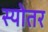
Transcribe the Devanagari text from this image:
स्योतर